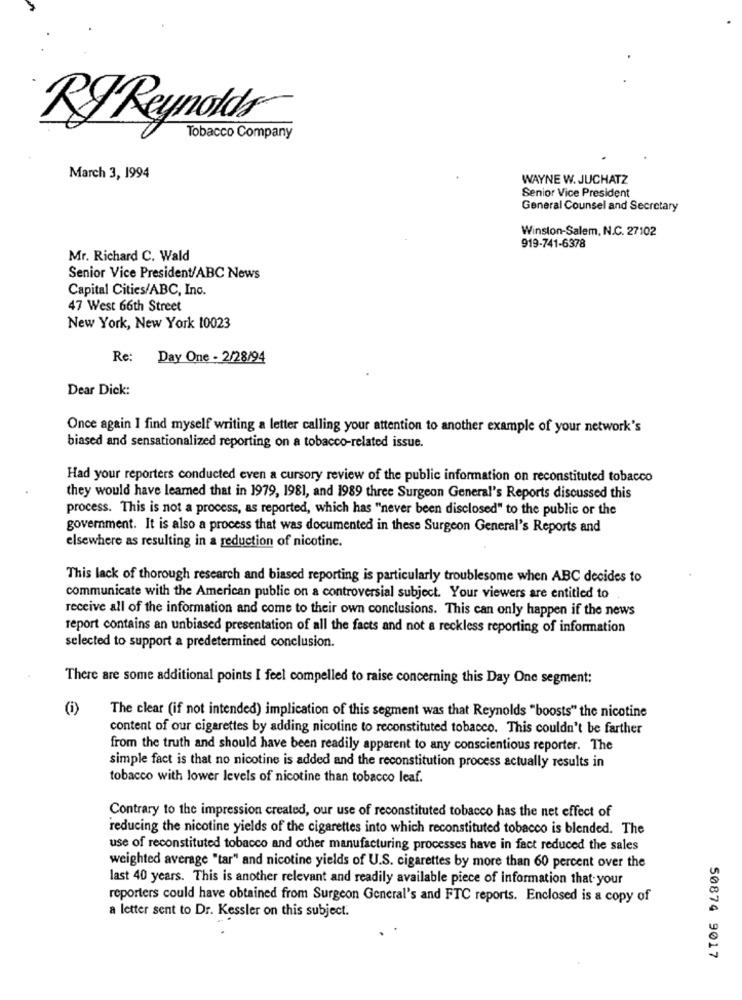
RJ Reynolds
Tobacco Company
March 3, 1994
WAYNE W. JUCHATZ
Senior Vice President
General Counsel and Secretary
Winston-Salem, N.C. 27102
919-741-6378
Mr. Richard C. Wald
Senior Vice President/ABC News
Capital Cities/ABC, Ino.
47 West 66th Street
New York, New York 10023
Re: Day One - 2/28/94
Dear Dick:
Once again I find myself writing a letter calling your attention to another example of your network's
biased and sensationalized reporting on a tobacco-related issue.
Had your reporters conducted even a cursory review of the public information on reconstituted tobacco
they would have learned that in 1979, 1981, and 1989 three Surgeon General's Reports discussed this
process. This is not a process, as reported, which has "never been disclosed" to the public or the
government. It is also a process that was documented in these Surgeon General's Reports and
elsewhere as resulting in a reduction of nicotine.
This lack of thorough research and biased reporting is particularly troublesome when ABC decides to
communicate with the American public on a controversial subject. Your viewers are entitled to
receive all of the information and come to their own conclusions. This can only happen if the news
report contains an unbiased presentation of all the facts and not a reckless reporting of information
selected to support a predetermined conclusion.
There are some additional points I feel compelled to raise concerning this Day One segment:
The clear (if not intended) implication of this segment was that Reynolds "boosts" the nicotine
content of our cigarettes by adding nicotine to reconstituted tobacco. This couldn't be farther
from the truth and should have been readily apparent to any conscientious reporter. The
simple fact is that no nicotine is added and the reconstitution process actually results in
tobacco with lower levels of nicotine than tobacco leaf.
Contrary to the impression created, our use of reconstituted tobacco has the net effect of
reducing the nicotine yields of the cigarettes into which reconstituted tobacco is blended. The
use of reconstituted tobacco and other manufacturing processes have in fact reduced the sales
weighted average "tar" and nicotine yields of U.S. cigarettes by more than 60 percent over the
last 40 years. This is another relevant and readily available piece of information that your
reporters could have obtained from Surgeon General's and FTC reports. Enclosed is a copy of
a letter sent to Dr. Kessler on this subject.
50874 9017